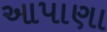
આપાણા